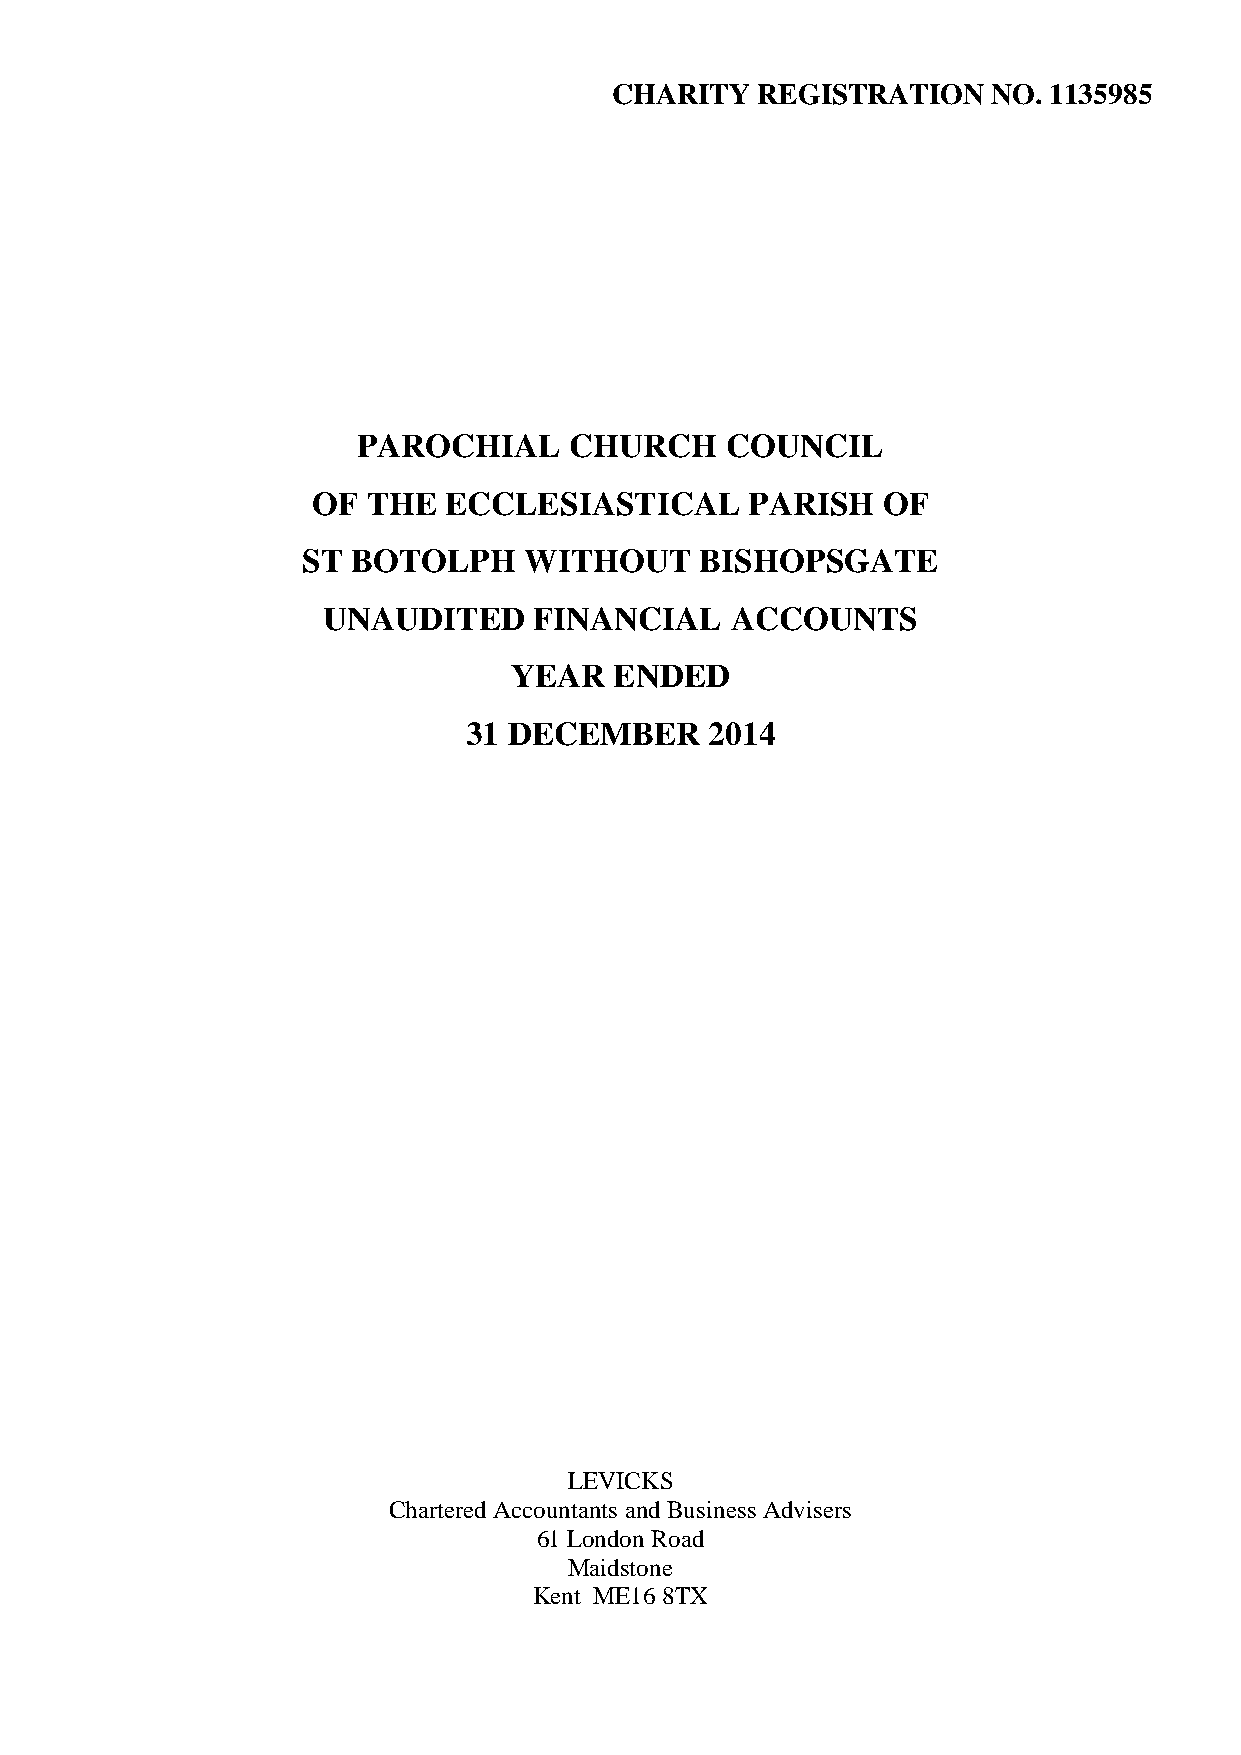
CHARITY  REGISTRATION    NO. 1135985
 PAROCHIAL     CHURCH    COUNCIL
 OF THE  ECCLESIASTICAL       PARISH  OF
 ST BOTOLPH     WITHOUT    BISHOPSGATE
 UNAUDITED     FINANCIAL    ACCOUNTS
 YEAR   ENDED
 31 DECEMBER     2014
 LEVICKS
 Chartered Accountants and Business Advisers
 61 London Road
 Maidstone
 Kent ME16 8TX